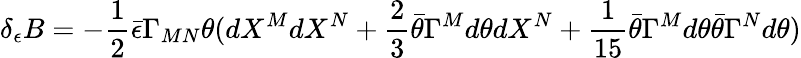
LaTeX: \delta_{\epsilon}B=-{\frac{1}{2}}\bar{\epsilon}\Gamma_{MN}\theta(dX^{M}dX^{N}+{\frac{2}{3}}\bar{\theta}\Gamma^{M}d\theta dX^{N}+{\frac{1}{15}}\bar{\theta}\Gamma^{M}d\theta\bar{\theta}\Gamma^{N}d\theta)